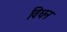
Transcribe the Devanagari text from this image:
विधन